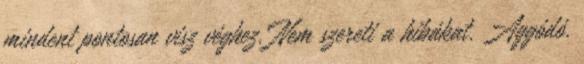
mindent pontosan visz véghez. Nem szereti a hibákat. Aggódó.